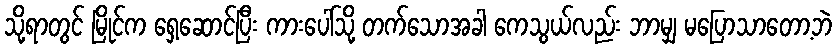
သို့ရာတွင် မြိုင်က ရှေ့ဆောင်ပြီး ကားပေါ်သို့ တက်သောအခါ ကေသွယ်လည်း ဘာမျှ မပြောသာတော့ဘဲ